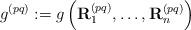
LaTeX: \begin{align*}g^{(pq)} := g\left({\bf R}^{(pq)}_1, \dots,{\bf R}^{(pq)}_n\right)\end{align*}